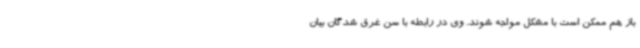
باز هم ممکن است با مشکل مواجه شوند. وی در رابطه با سن غرق شدگان بیان